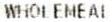
WHOLEMEAI